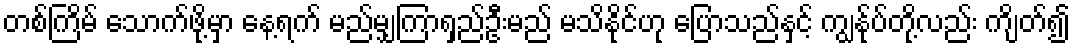
တစ်ကြိမ် သောက်ဖို့မှာ နေ့ရက် မည်မျှကြာရှည်ဦးမည် မသိနိုင်ဟု ပြောသည်နှင့် ကျွန်ုပ်တို့လည်း ကျိတ်၍